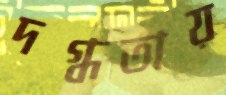
দগ্ধতায়